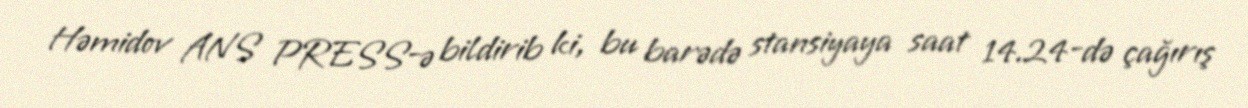
Həmidov ANS PRESS-ə bildirib ki, bu barədə stansiyaya saat 14.24-də çağırış